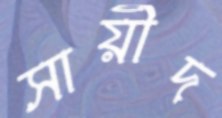
সায়ীদ